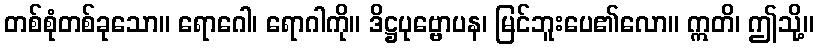
တစ်စုံတစ်ခုသော။ ရောဂေါ၊ ရောဂါကို။ ဒိဋ္ဌပုဗ္ဗောပန၊ မြင်ဘူးပေ၏လော။ ဣတိ၊ ဤသို့။